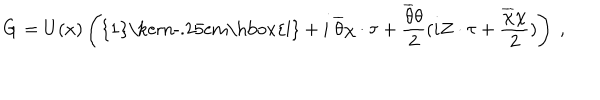
{ \bf G } = U ( x ) \left( \mathrm { { 1 } \ k e r n - . 2 5 e m \mathrm { l } } + i ~ \overline { { { \theta } } } \chi \cdot \tau + { \frac { \overline { { { \theta } } } \theta } { 2 } } ( i Z \cdot \tau + { \frac { \overline { { { \chi } } } \chi } { 2 } } ) \right) ~ ,